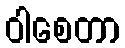
ဝါစေတာ